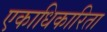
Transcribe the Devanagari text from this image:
एकाधिकारिता